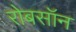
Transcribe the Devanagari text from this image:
रोबसॉन